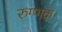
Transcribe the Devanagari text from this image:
रुग्णक